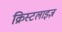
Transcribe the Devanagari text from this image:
क्रिस्टलाइज़